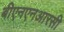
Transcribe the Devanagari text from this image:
बीएनएनआरसी